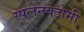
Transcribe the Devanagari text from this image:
स्पलेनक्टोमी